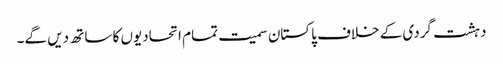
دہشت گردی کے خلاف پاکستان سمیت تمام اتحادیوں کا ساتھ دیں گے۔